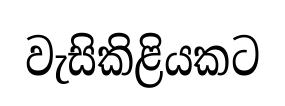
වැසිකිළියකට